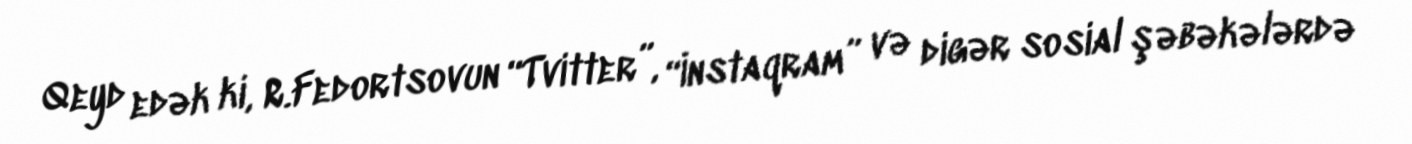
Qeyd edək ki, R.Fedortsovun “Tvitter”, “İnstaqram” və digər sosial şəbəkələrdə